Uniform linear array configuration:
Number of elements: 48
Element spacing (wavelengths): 1
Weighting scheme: hann
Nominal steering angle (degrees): -60
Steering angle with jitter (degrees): -60.394
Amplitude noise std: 0.05
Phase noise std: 0.05

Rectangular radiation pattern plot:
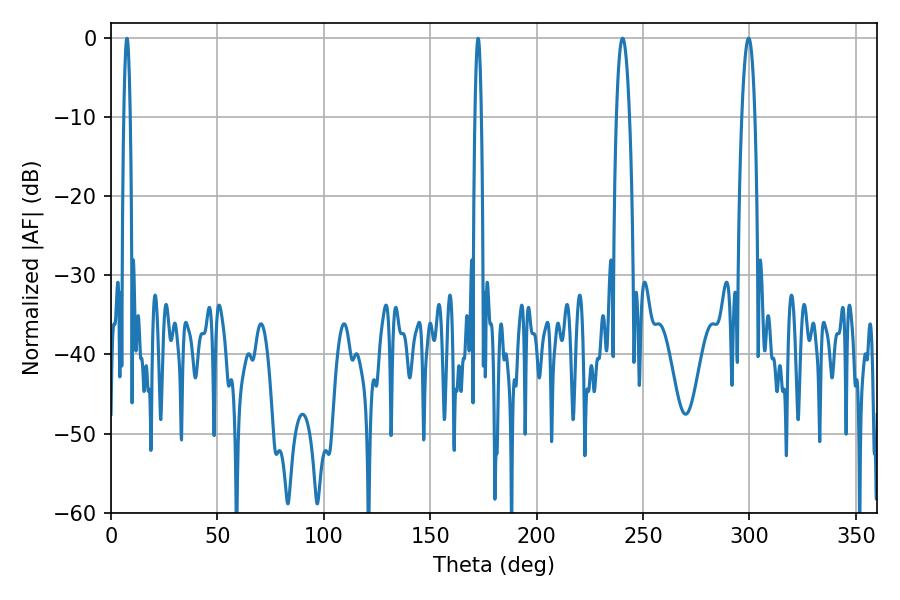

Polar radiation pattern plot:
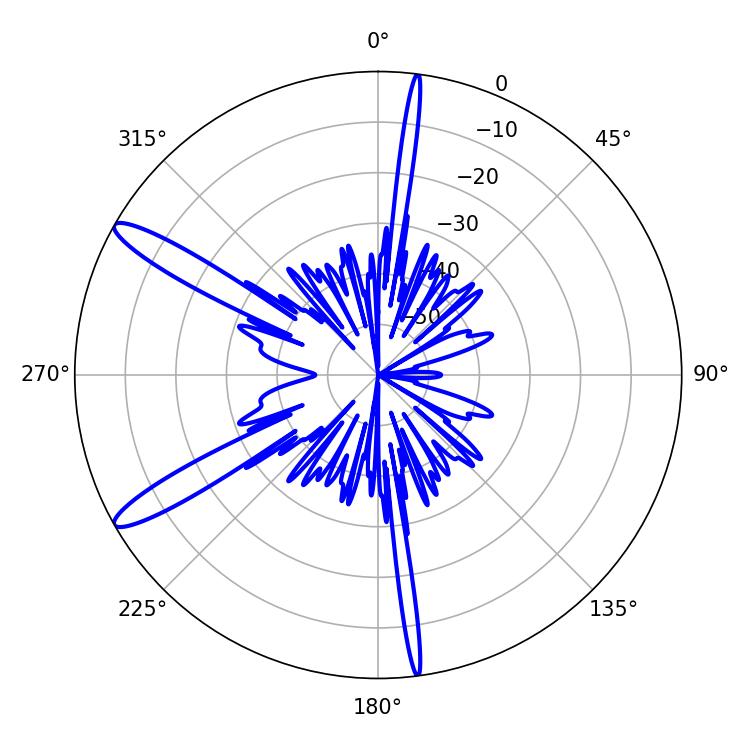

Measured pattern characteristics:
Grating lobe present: TRUE
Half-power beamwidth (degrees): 3.42
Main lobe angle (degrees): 240.48